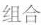
组合